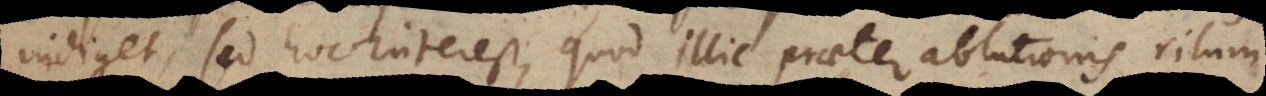
indiget, sed hoc interest, quod illic praeter ablutionis ritum